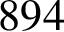
8 9 4